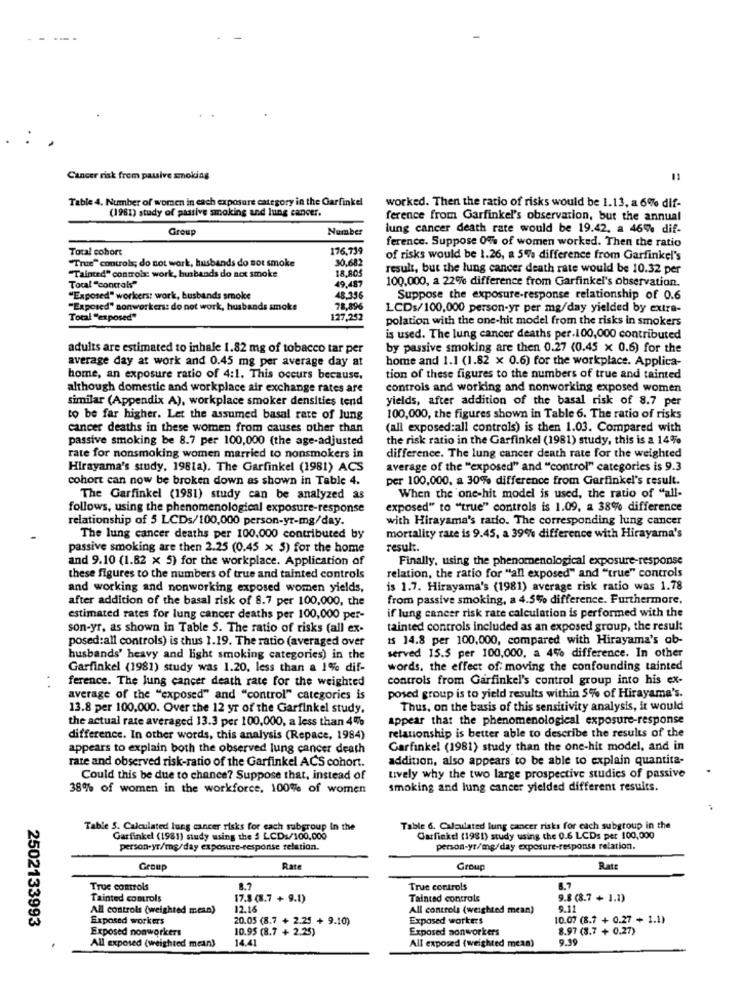
----
Cancer risk from passive smoking
Table 4. Number of women in each exposure category in the Garfinkel
(1981) study of passive smoking and lung cancer.
worked. Then the ratio of risks would be 1.13, a 6% dif-
ference from Garfinkel's observation, but the annual
Group
Number
lung cancer death rate would be 19.42, a 46% dif-
ference. Suppose 0% of women worked. Then the ratio
Total cohort
176,739
"True" controls; do not work, husbands do not smoke
30,682
of risks would be 1.26, a 5% difference from Garfinkel's
18.805
result, but the lung cancer death rate would be 10.32 per
"Tainted" control: work, husbands do not smoke
Tocal "control"
49,487
100.000, a 22% difference from Garfinkel's observation.
"Exposed" workers: work, busbands smoke
48.356
Suppose the exposure-response relationship of 0.6
posed" sonworkers: do not work, husbands smoke
78,896
LCDs/100,000 person-yr per mg/day yielded by extra-
Total "exposed"
127,252
polation with the one-hit model from the risks in smokers
is used. The lung cancer deaths per.100,000 contributed
adults are estimated to inhale 1.82 mg of tobacco tar per
by passive smoking are then 0.27 (0.45 x 0.6) for the
average day at work and 0.45 mg per average day at
home and 1.1 (1.82 x 0.6) for the workplace. Applica-
home, an exposure ratio of 4:1. This occurs because.
tion of these figures to the numbers of true and tainted
although domestic and workplace air exchange rates are
controls and working and nonworking exposed women
similar (Appendix A), workplace smoker densities tend
yields, after addition of the basal risk of 8.7 per
to be far higher. Let the assumed basal rate of lung
100,000, the figures shown in Table 6. The ratio of risks
cancer deaths in these women from causes other than
(all exposed:all controls) is then 1.03. Compared with
passive smoking be 8.7 per 100,000 (the age-adjusted
the risk ratio in the Garfinkel (1981) study, this is a 14%
rate for nonsmoking women married to nonsmokers in
difference. The lung cancer death rate for the weighted
Hirayama's study, 1981a). The Garfinkel (1981) ACS
average of the "exposed" and "control" categories is 9.3
cohort can now be broken down as shown in Table 4.
per 100,000, a 30% difference from Garfinkel's result.
The Garfinkel (1981) study can be analyzed as
When the one-hit model is used, the ratio of "all-
follows, using the phenomenological exposure-response
exposed" to "true" controls is 1.09, a 38% difference
relationship of 5 LCDs/100,000 person-yr-mg/day.
with Hirayama's rado. The corresponding lung cancer
The lung cancer deaths per 100.000 contributed by
mortality rate is 9.45, a 39% difference with Hirayama's
passive smoking are then 2.25 (0.45 x 5) for the home
result.
and 9.10 (1.82 x 5) for the workplace. Application of
Finally, using the phenomenological exposure-response
these figures to the numbers of true and tainted controls
relation, the ratio for "all exposed" and "true" controls
and working and nonworking exposed women yields,
is 1.7. Hirayama's (1981) average risk ratio was 1.78
after addition of the basal risk of 8.7 per 100,000, the
from passive smoking, a 4.5% difference. Furthermore,
estimated rates for lung cancer deaths per 100,000 per-
if lung cancer risk rate calculation is performed with the
son-yr, as shown in Table S. The ratio of risks (all ex-
tainted controls included as an exposed group, the result
posed:all controls) is thus 1.19. The ratio (averaged over
IS 14.8 per 100,000, compared with Hirayama's ab-
husbands' heavy and light smoking categories) in the
served 15.5 per 100,000, a 4% difference. In other
Garfinkel (1981) study was 1.20, less than a 1% dif-
words. the effect of moving the confounding tainted
ference. The lung cancer death rate for the weighted
controls from Garfinkel's control group into his ex-
average of the "exposed" and "control" categories is
posed group is to yield results within 5% of Hirayama's.
13.8 per 100.000. Over the 12 yr of the Garfinkel study,
Thus, on the basis of this sensitivity analysis, it would
the actual rate averaged 13.3 per 100,000, a less than 4%
appear that the phenomenological exposure-response
difference. In other words, this analysis (Repace, 1984)
relationship is better able to describe the results of the
appears to explain both the observed lung cancer death
Garfinkel (1981) study than the one-hit model, and in
rate and observed risk-ratio of the Garfinkel ACS cohort.
addition, also appears to be able to explain quantita-
Could this be due to chance? Suppose that, instead of
Lively why the two large prospective studies of passive
38% of women in the workforce, 100% of women
smoking and lung cancer yielded different results.
Table 5. Calculated lung cancer risks for each subgroup In the
Table 6. Calculated lung cancer risks for each subgroup in the
Garfinkel (1981) study using the 3 LCD:/100.000
Garfinkel (1981) study using the 0.6 LCDs per 100,000
person-yr/mg/day exposure-response relation.
person-yr/mg/day exposure-responsa relation.
Group
Rate
Group
Ratt
True controls
8.7
True controls
8.7
Tainted comrols
17.8 (8.7 + 9.1)
Tainted controls
9.8 (8.7 + 1.1)
All controls (weighted mean)
12.16
All controls (weighted mean)
9.11
2502133993
Exposed workers
20.05 (8.7 + 2.25 + 9.10)
Exposed workers
10.07 (8.7 + 0.27 + 1.1)
Exposed nonworkers
10.95 (8.7 + 2.25)
Exposed nonworkers
8.97 (8.7 + 0.27)
All exposed (weighted mean)
4.41
All exposed (weighted mean)
9.39